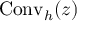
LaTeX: { \mathrm { C o n v } } _ { h } ( z )